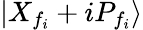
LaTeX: \left|{{X}_{{f}_{i}}}+i{{P}_{{f}_{i}}}\right\rangle